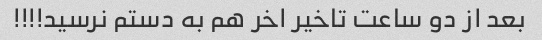
بعد از دو ساعت تاخیر اخر هم به دستم نرسید!!!!